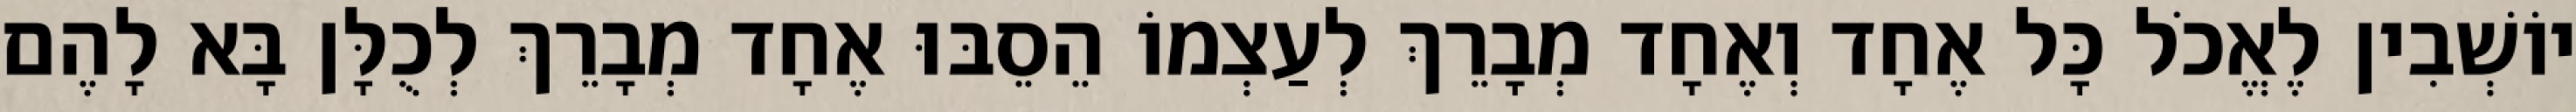
יוֹשְׁבִין לֶאֱכֹל כָּל אֶחָד וְאֶחָד מְבָרֵךְ לְעַצְמוֹ הֵסֵבּוּ אֶחָד מְבָרֵךְ לְכֻלָּן בָּא לָהֶם